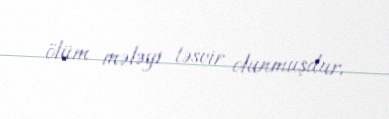
ölüm mələyi təsvir olunmuşdur.